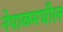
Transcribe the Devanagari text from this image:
नेपाळमघील